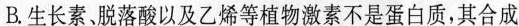
B.生长素，脱落酸以及乙烯等植物激素不是蛋白质，其合成